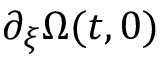
\partial _ { \xi } \Omega ( t , 0 )